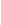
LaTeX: x\! \! \! \! \! \! \! \! \! \! \! \! _{\! }\! \! \! \! \! \! \! \! \! \! \! 1\! \! \! \! \! \! \! \! \! \! \! \! ,x\! \! \! \! \! \! \! \! \! \! \! \! _{\! }\! \! \! \! \! \! \! \! \! \! \! 2\! \! \! \! \! \! \! \! \! \! \! \! ,\! \! \! \! \! \! \! \! \! \! \! \! \ldots\! \! \! \! \! \! \! \! \! \! \! \! ,x\! \! \! \! \! \! \! \! \! \! \! \! _{n}\! \! \! \! \! \! \! \! \! \! \! \! ,\! \! \! \! \! \! \! \! \! \! \!